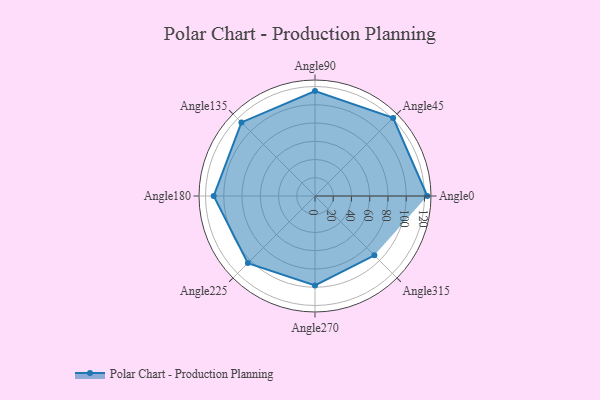
{"axis": {"x": "Angle", "y": "Radius"}, "legend": [""], "data": [{"x": "Angle0", "y": 123.0, "type": ""}, {"x": "Angle45", "y": 121.0, "type": ""}, {"x": "Angle90", "y": 115.0, "type": ""}, {"x": "Angle135", "y": 114.0, "type": ""}, {"x": "Angle180", "y": 111.0, "type": ""}, {"x": "Angle225", "y": 104.0, "type": ""}, {"x": "Angle270", "y": 98.0, "type": ""}, {"x": "Angle315", "y": 92.0, "type": ""}]}